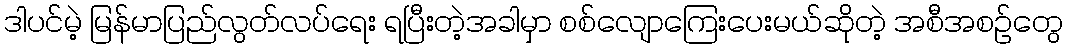
ဒါပင်မဲ့ မြန်မာပြည်လွတ်လပ်ရေး ရပြီးတဲ့အခါမှာ စစ်လျောကြေးပေးမယ်ဆိုတဲ့ အစီအစဉ်တွေ